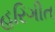
હરિગીત